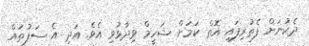
ދެކުނަށް ފެތުރިފައި އޮތް ކަމަށް ޝަހީމް ވިދާޅުވި އެވެ. އަދި އެ ސަފުތައް